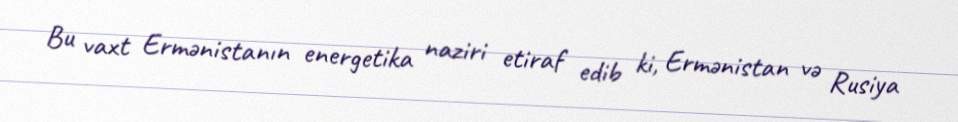
Bu vaxt Ermənistanın energetika naziri etiraf edib ki, Ermənistan və Rusiya